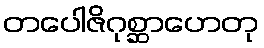
တပေါဇိဂုစ္ဆာဟေတု